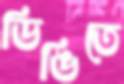
ডিঙিতে